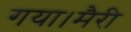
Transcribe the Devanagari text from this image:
गया।मैरी